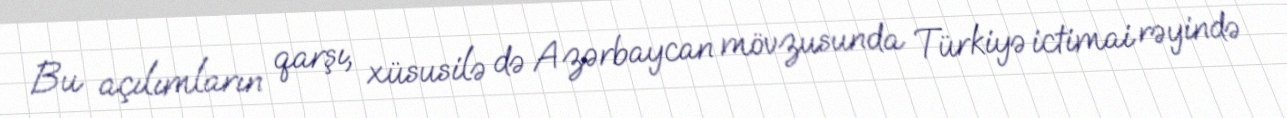
Bu açılımların qarşı, xüsusilə də Azərbaycan mövzusunda Türkiyə ictimai rəyində